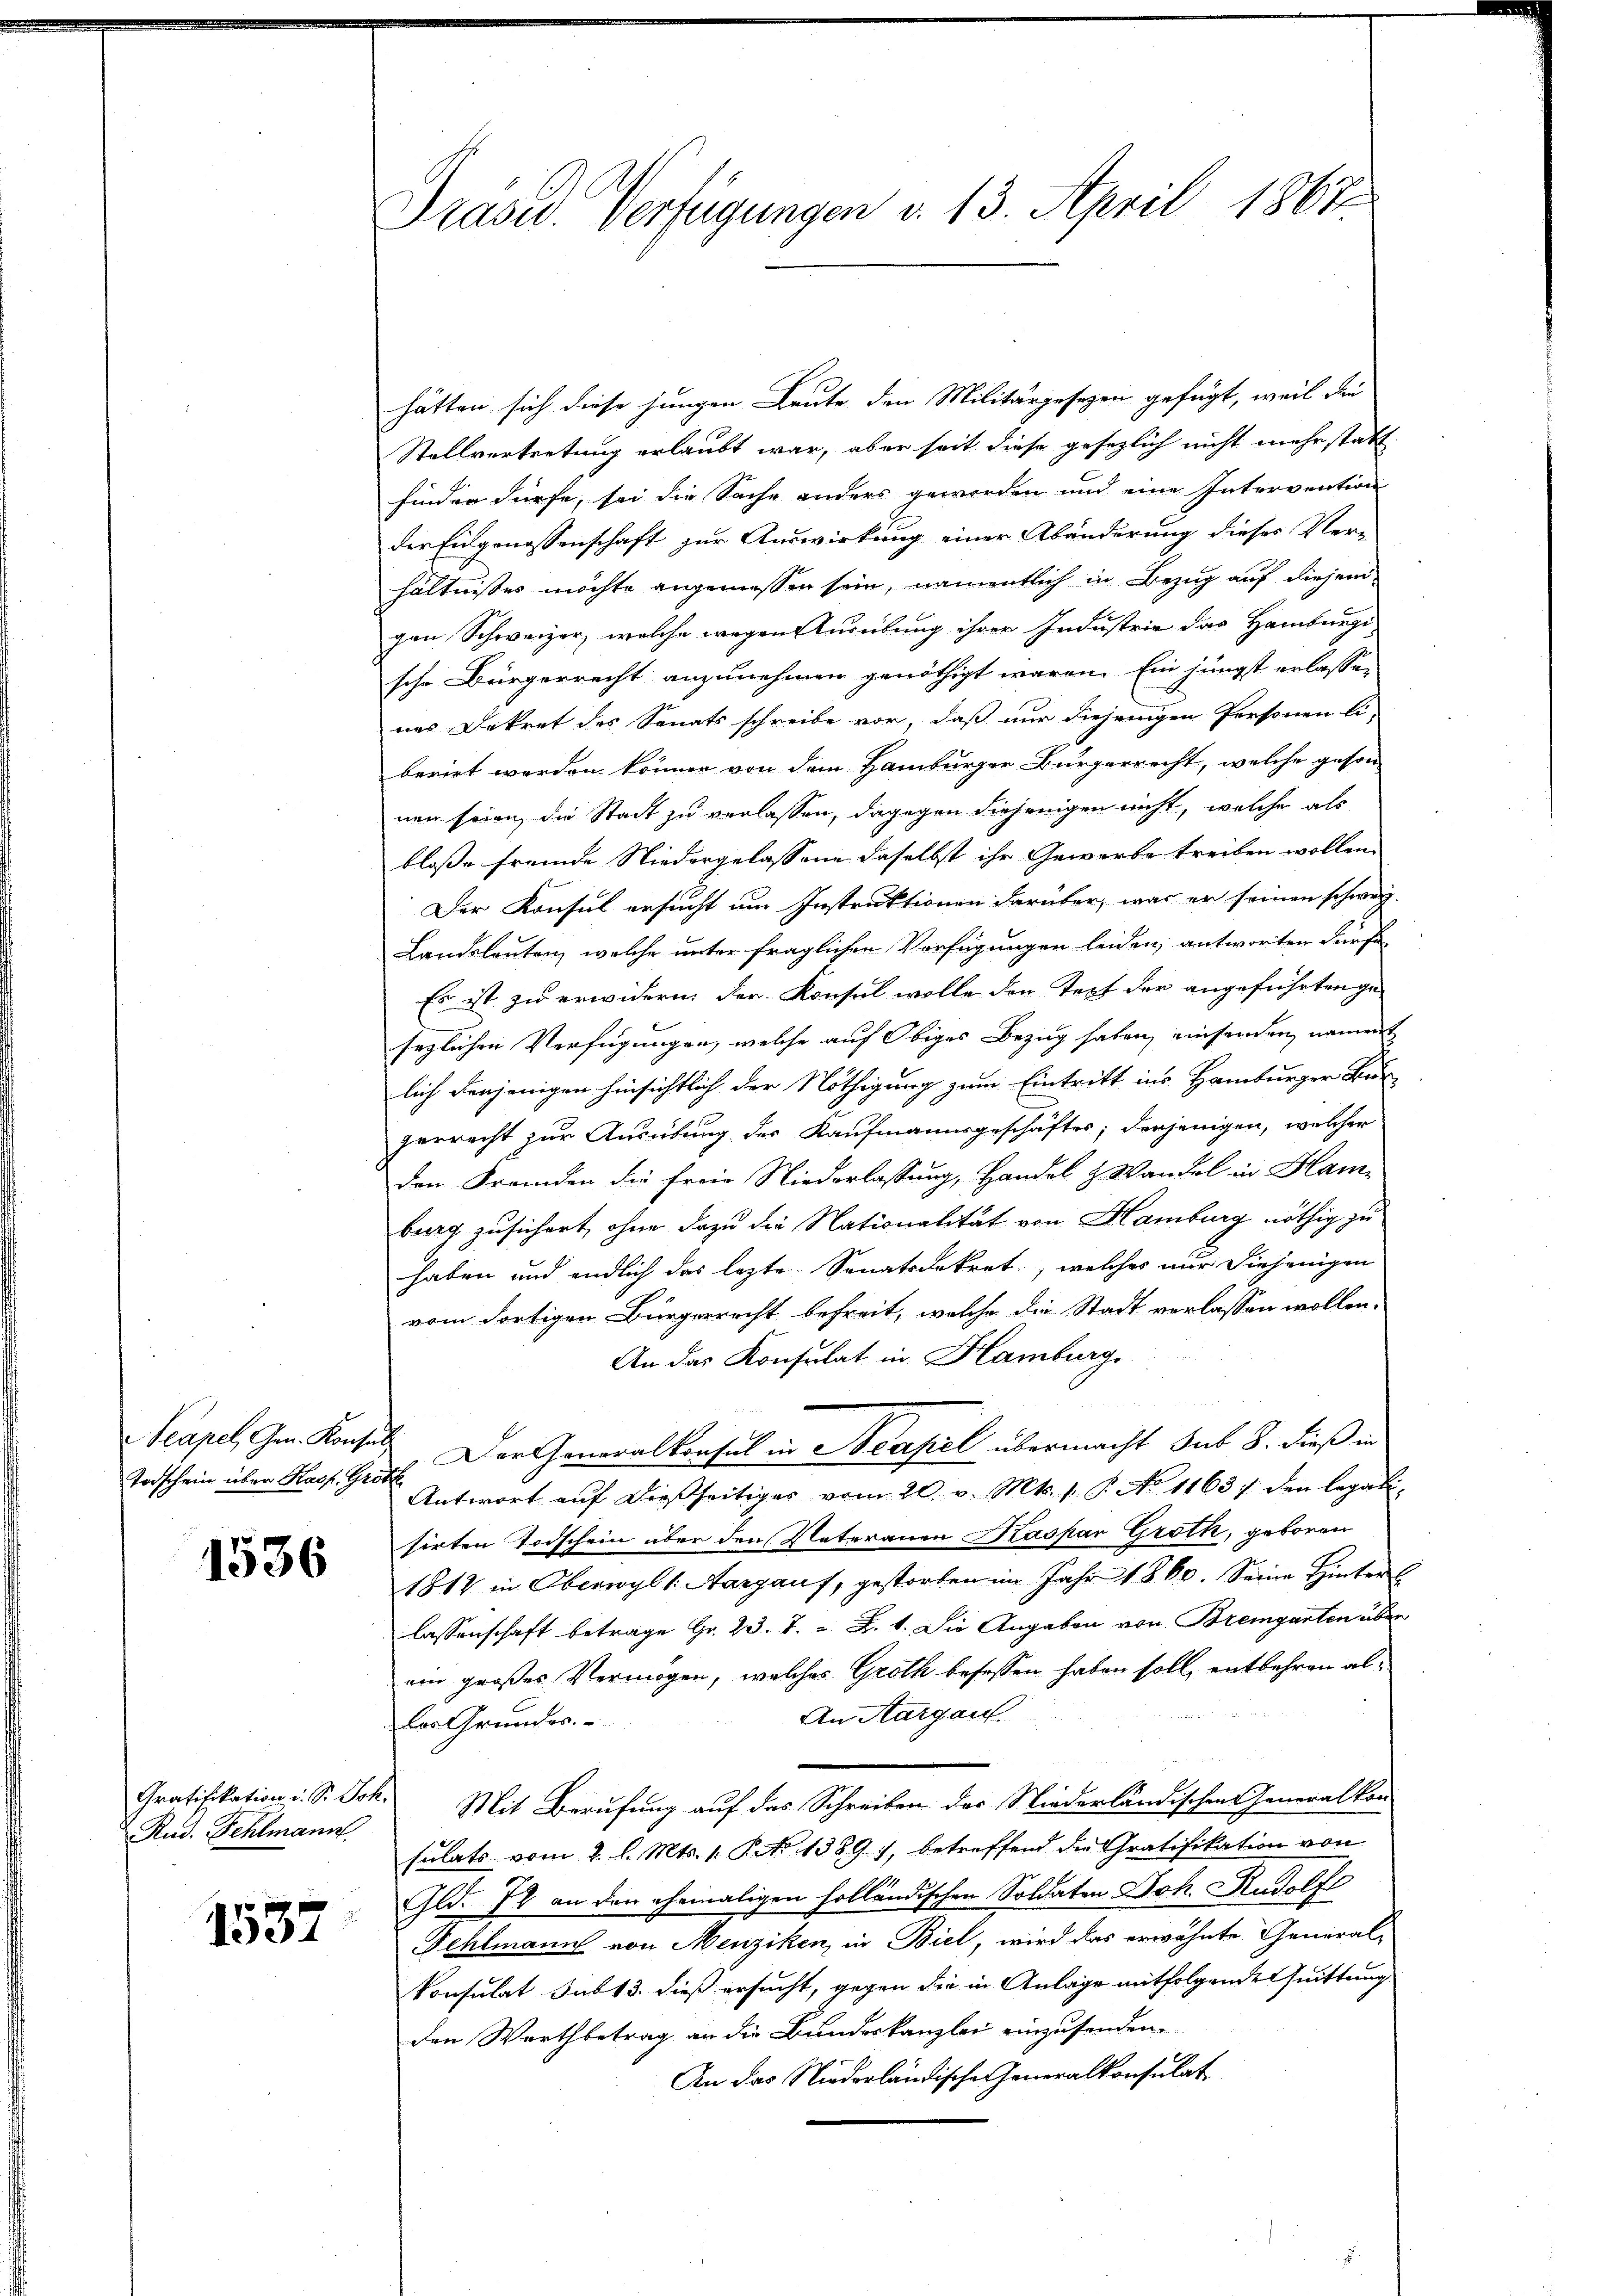
Todschein über Kasp. Gröth

1536

Rud. Fehlmann

1537

Präsid. Verfügungen d. 13. April 1861

hätten sich diese jungen Leute den Militärgesezen gefügt, weil die
Stellvertretung erlaubt war, aber seit diese gesezlich nicht mehr statt
finden dürfe, sei die Sache anders geworden und eine Intervention
der Eingenossenschaft zur Auswirkung einer Abänderung dieses Ver-
hältnisses möchte angemessen sein, namentlich in Bezug auf diesem
gen Schweizer, welche wegen Ausübung ihrer Industrie das Hamburgische Bürgerrecht anzunehmen genöthigt waren. Ein jüngst erlassenes Dekret des Senats schreibe vor, daß nur diejenigen Personen li-
berirt werden können von dem Hamburger Bürgerrecht, welche geson-
nen seien, die Stadt zu verlassen, dagegen diejenigen nicht, welche als
blosse fremde Niedergelassene daselbst ihr Gewerbe treiben wollen.
Der Konsul ersucht um Instruktionen darüber, was er seinen schweiz.
Landsleuten, welche unter fraglichen Verfügungen leiden, antworten dürfe
Es ist zu erwidern der Konsul wolle den Text der angeführten ge-
sezlichen Verfügungen, welche auf Obiges Bezug haben, einsenden, nament
lich denjenigen hinsichtlich der Nöthigung zum Eintritt ins Hamburger Bur-
gerrecht zur Ausübung des Kaufmannsgeschäftes; derjenigen, welcher
den Fremden die freie Niederlassung, Handel & Wandel in Hamburg zusichert, ohne dazu die Nationalität von Hamburg nöthig zu
haben und endlich das lezte. Sonatsdekret, welches nur diejenigen
vom dortigen Bürgerrecht befreit, welche die Stadt verlassen wollen.
An das Konsulat in Hamburg,
Scapel, Gr. Konsuls. Der Generalkonsul in Neapel übermacht sub. 8. dieß in
Antwort aŭf dießseitiges vom 20. v. Mts. 1. P. No 1163 f. den legali-
sirten Todschein über den Vateranen Kaspar Groth, geboren
1812 in Oberwyl s. Aargauf, gestorben im Jahr 1860. Seine Hinters
lassenschaft betrage Gr. 23. 7. B. 1. Die Angaben von Bremgarten über
ein großes Vermögen, welches Groth besassen haben soll, entbehren al¬
An Aargau.
les Grundes.
Gratifikation i. S. Joh. Mit Berufung auf das Schreiben des Niederländischen Generalkon-
sulats vom 2. l. Mts. 1. P. No 1389. 1, betreffend die Gratifikation von
Gld. 72 an den ehemaligen holländischen Soldaten Joh. Rudolf
Fehlmann von Menziken, in Biel, wird das erwähnte General-
konsulat Sub 13. dieß ersucht, gegen die in Anlage mitfolgende Quittung
den Wartbetrag an die Bundeskanzlei einzusenden.
An das Niederländischen Generalkonsulat